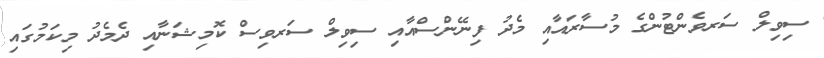
ސިވިލް ސަރވެންޓުންގެ މުސާރައާއި މެދު ފިނޭންސްއާއި ސިވިލް ސަރވިސް ކޮމިޝަނާއި ދެމެދު މިކަމުގައި